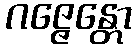
ဂဇ္ဇေန္တော